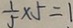
\frac { 1 } { 5 } \times 5 = 1